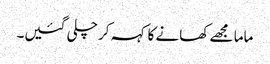
ماما مجھے کھانے کا کہہ کر چلی گئیں۔